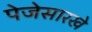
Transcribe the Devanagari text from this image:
पेजेसारखे